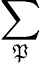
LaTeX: \sum_{\mathfrak{P}}